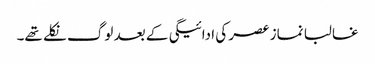
غالبا نماز عصر کی ادائیگی کے بعد لوگ نکلے تھے۔